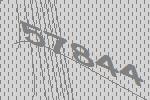
57844